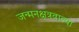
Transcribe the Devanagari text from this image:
जन्मनक्षत्रवाल्या